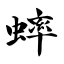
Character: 蟀